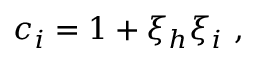
\begin{array} { r } { c _ { i } = 1 + \xi _ { h } \xi _ { i } \mathrm { ~ , ~ } } \end{array}